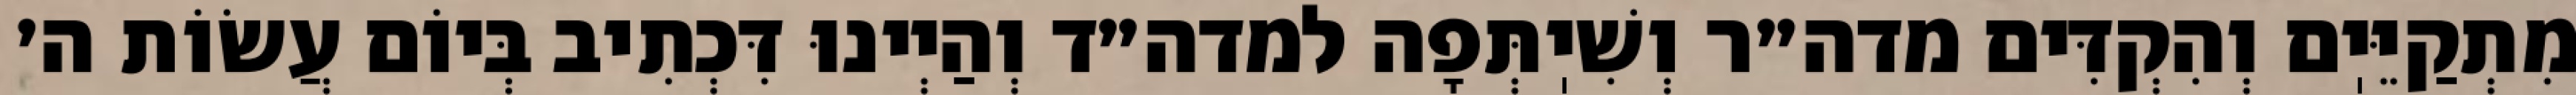
מִתְקַיֵּיֽם וְהִקְדִּים מדה״ר וְשִׁיֽתְּפָה למדה״ד וְהַיְינוּ דִּכְתִיב בְּיוֹם עֲשׂוֹת ה׳